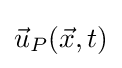
{\vec {u}}_{P}({\vec {x}},t)